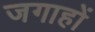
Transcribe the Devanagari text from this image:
जगाहों